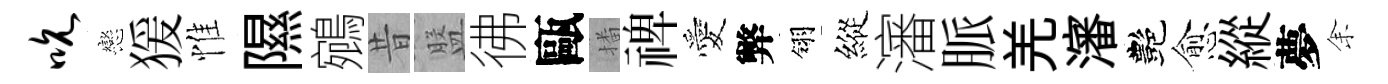
吮戀猨惟隰鵷昔盤彿甌播禆愛弊翎縱瀋脈羌瀋艷愈縱夢𪜬